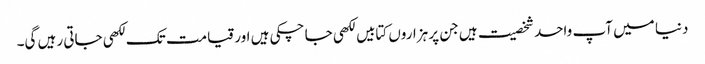
دنیا میں آپ واحد شخصیت ہیں جن پر ہزاروں کتابیں لکھی جا چکی ہیں اور قیامت تک لکھی جاتی رہیں گی۔